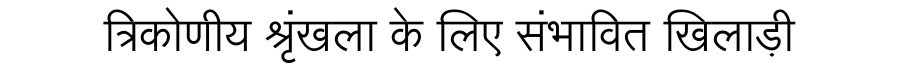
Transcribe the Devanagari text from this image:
त्रिकोणीय श्रृंखला के लिए संभावित खिलाड़ी